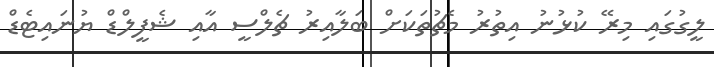
ލީގުގައި މިރޭ ކުޅުނު އިތުރު މެޗުތަކަށް ބަލާއިރު ޗެލްސީ އާއި ޝެފީލްޑް ޔުނައިޓެޑް